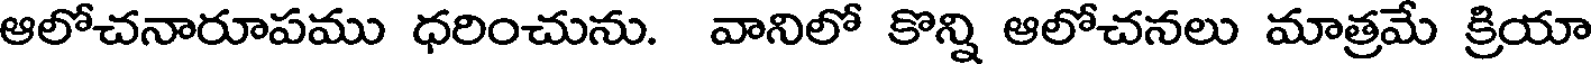
ఆలోచనారూపము ధరించును. వానిలో కొన్ని ఆలోచనలు మాత్రమే క్రియా